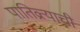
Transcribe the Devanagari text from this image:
पातिव्रत्याची